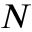
N